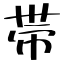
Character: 帯